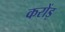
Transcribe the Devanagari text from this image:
करोंड़